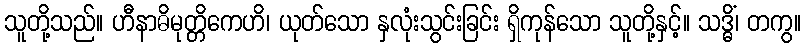
သူတို့သည်။ ဟီနာဓိမုတ္တိကေဟိ၊ ယုတ်သော နှလုံးသွင်းခြင်း ရှိကုန်သော သူတို့နှင့်။ သဒ္ဓိံ၊ တကွ။